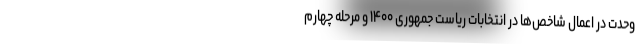
وحدت در اعمال شاخص‌ها در انتخابات ریاست جمهوری ۱۴۰۰ و مرحله چهارم